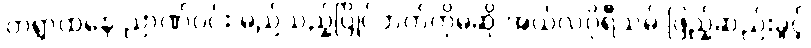
တရွာထဲနေ ညာဏ်ဝင်း မည်သည့်ပြိုင်ဘက်ကိုမဆို အယ်လဂိုရီသမ် ဖြည့်ဆည်းခွင့်